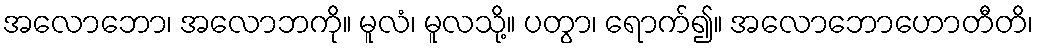
အလောဘော၊ အလောဘကို။ မူလံ၊ မူလသို့။ ပတွာ၊ ရောက်၍။ အလောဘောဟောတီတိ၊